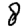
Digit: 8